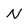
Character: N